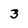
Character: 3